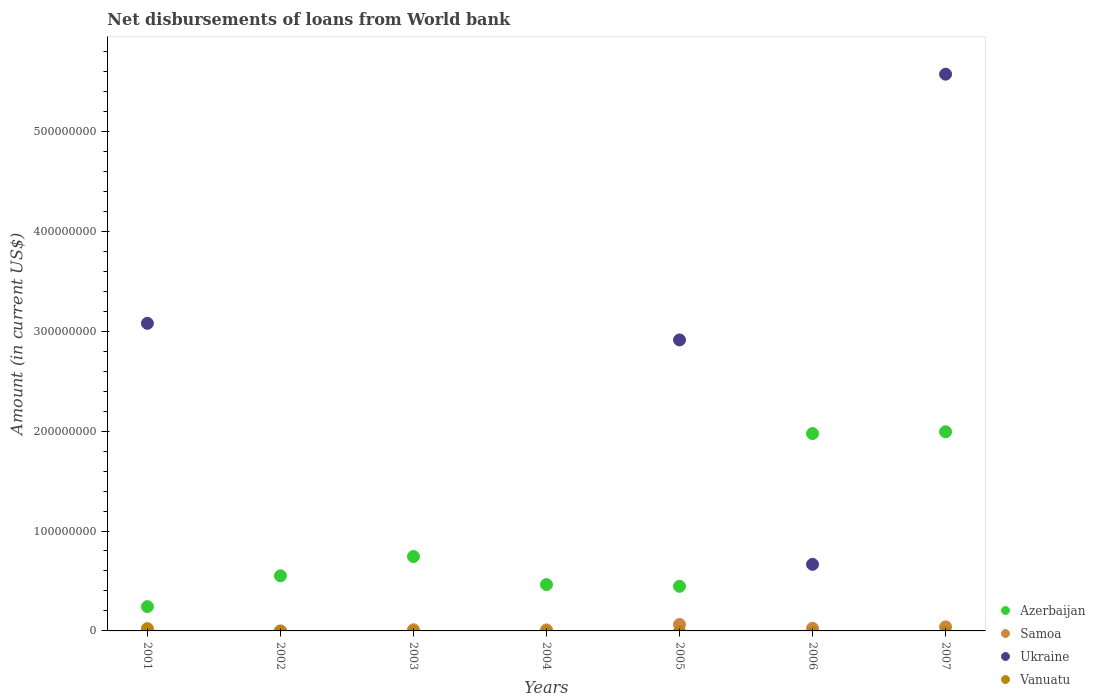
| Years | Azerbaijan | Samoa | Ukraine | Vanuatu |
 | --- | --- | --- | --- | --- |
 | 2001 | 2.43e+07 | 1.08e+05 | 3.08e+08 | 2.32e+06 |
 | 2002 | 5.52e+07 | -4.14e+05 | -1.86e+08 | -5.2e+04 |
 | 2003 | 7.45e+07 | 1.15e+06 | -6.44e+07 | -6.88e+05 |
 | 2004 | 4.63e+07 | 1.01e+06 | -1.95e+08 | -1.17e+06 |
 | 2005 | 4.46e+07 | 6.44e+06 | 2.91e+08 | -6.93e+05 |
 | 2006 | 1.98e+08 | 2.6e+06 | 6.66e+07 | -1.76e+06 |
 | 2007 | 1.99e+08 | 4.06e+06 | 5.57e+08 | -1.74e+06 |